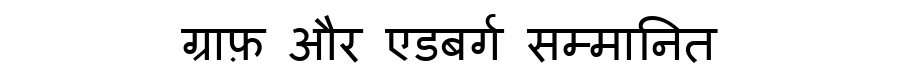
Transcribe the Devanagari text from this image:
ग्राफ़ और एडबर्ग सम्मानित